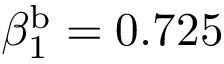
\beta _ { 1 } ^ { \mathrm { b } } = 0 . 7 2 5